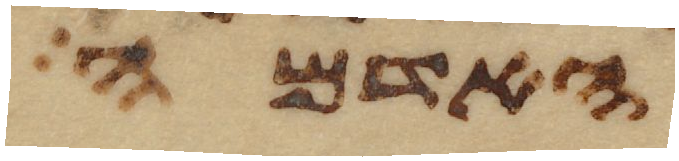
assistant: האדמה